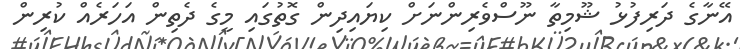
އޭނާގެ ދަރިފުޅު ޝޫމިތާ ނޫސްވެރިންނަށް ކިޔައިދިން ގޮތުގައި މީގެ ދެތިން އަހަރެއް ކުރިން